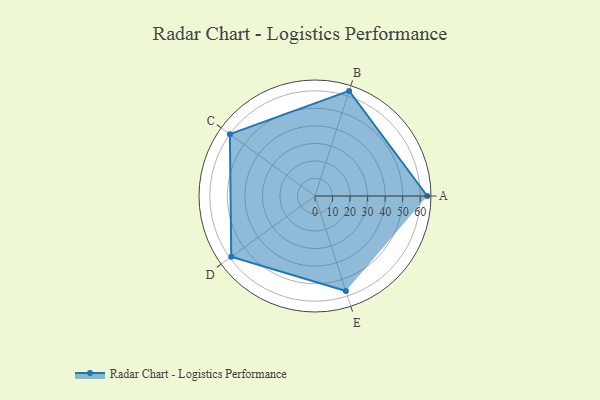
{"axis": {"x": "Skill", "y": "Score"}, "legend": ["Profile"], "data": [{"x": "A", "y": 64.0, "type": "Profile"}, {"x": "B", "y": 63.0, "type": "Profile"}, {"x": "C", "y": 60.0, "type": "Profile"}, {"x": "D", "y": 59.0, "type": "Profile"}, {"x": "E", "y": 57.0, "type": "Profile"}]}